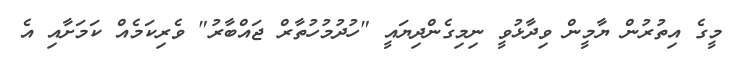
މީގެ އިތުރުން ޔާމީން ވިދާޅުވީ ނިމިގެންދިޔައީ "ހުދުމުހުތާރް ޖައްބާރު" ވެރިކަމެއް ކަމަށާއި އެ